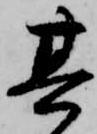
其